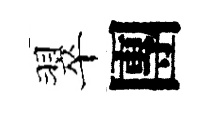
翠團